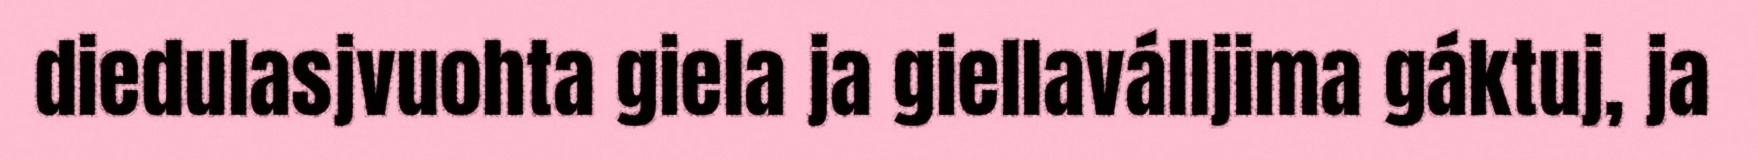
diedulasjvuohta giela ja giellaválljima gáktuj, ja